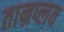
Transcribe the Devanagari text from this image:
ताम्रप्लव